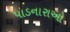
પાડનારાઓ